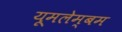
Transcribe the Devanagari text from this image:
यूमलेम्बम